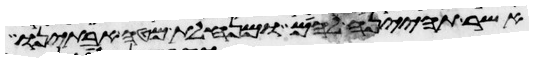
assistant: אשר תהיינה להם ומנחלת מטה אבתינו